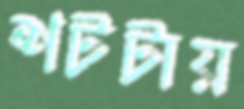
শটটায়